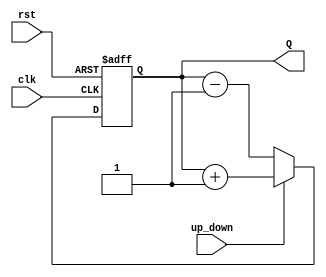
module up_down_counter #(parameter N = 4) (
    input wire clk,
    input wire rst,
    input wire up_down,
    output reg [N-1:0] Q
);

// Asynchronous reset
always @(posedge clk or posedge rst) begin
    if (rst) begin
        Q <= 0; // Reset counter to zero
    end else begin
        if (up_down) begin
            Q <= Q + 1; // Increment
        end else begin
            Q <= Q - 1; // Decrement
        end
    end
end

endmodule